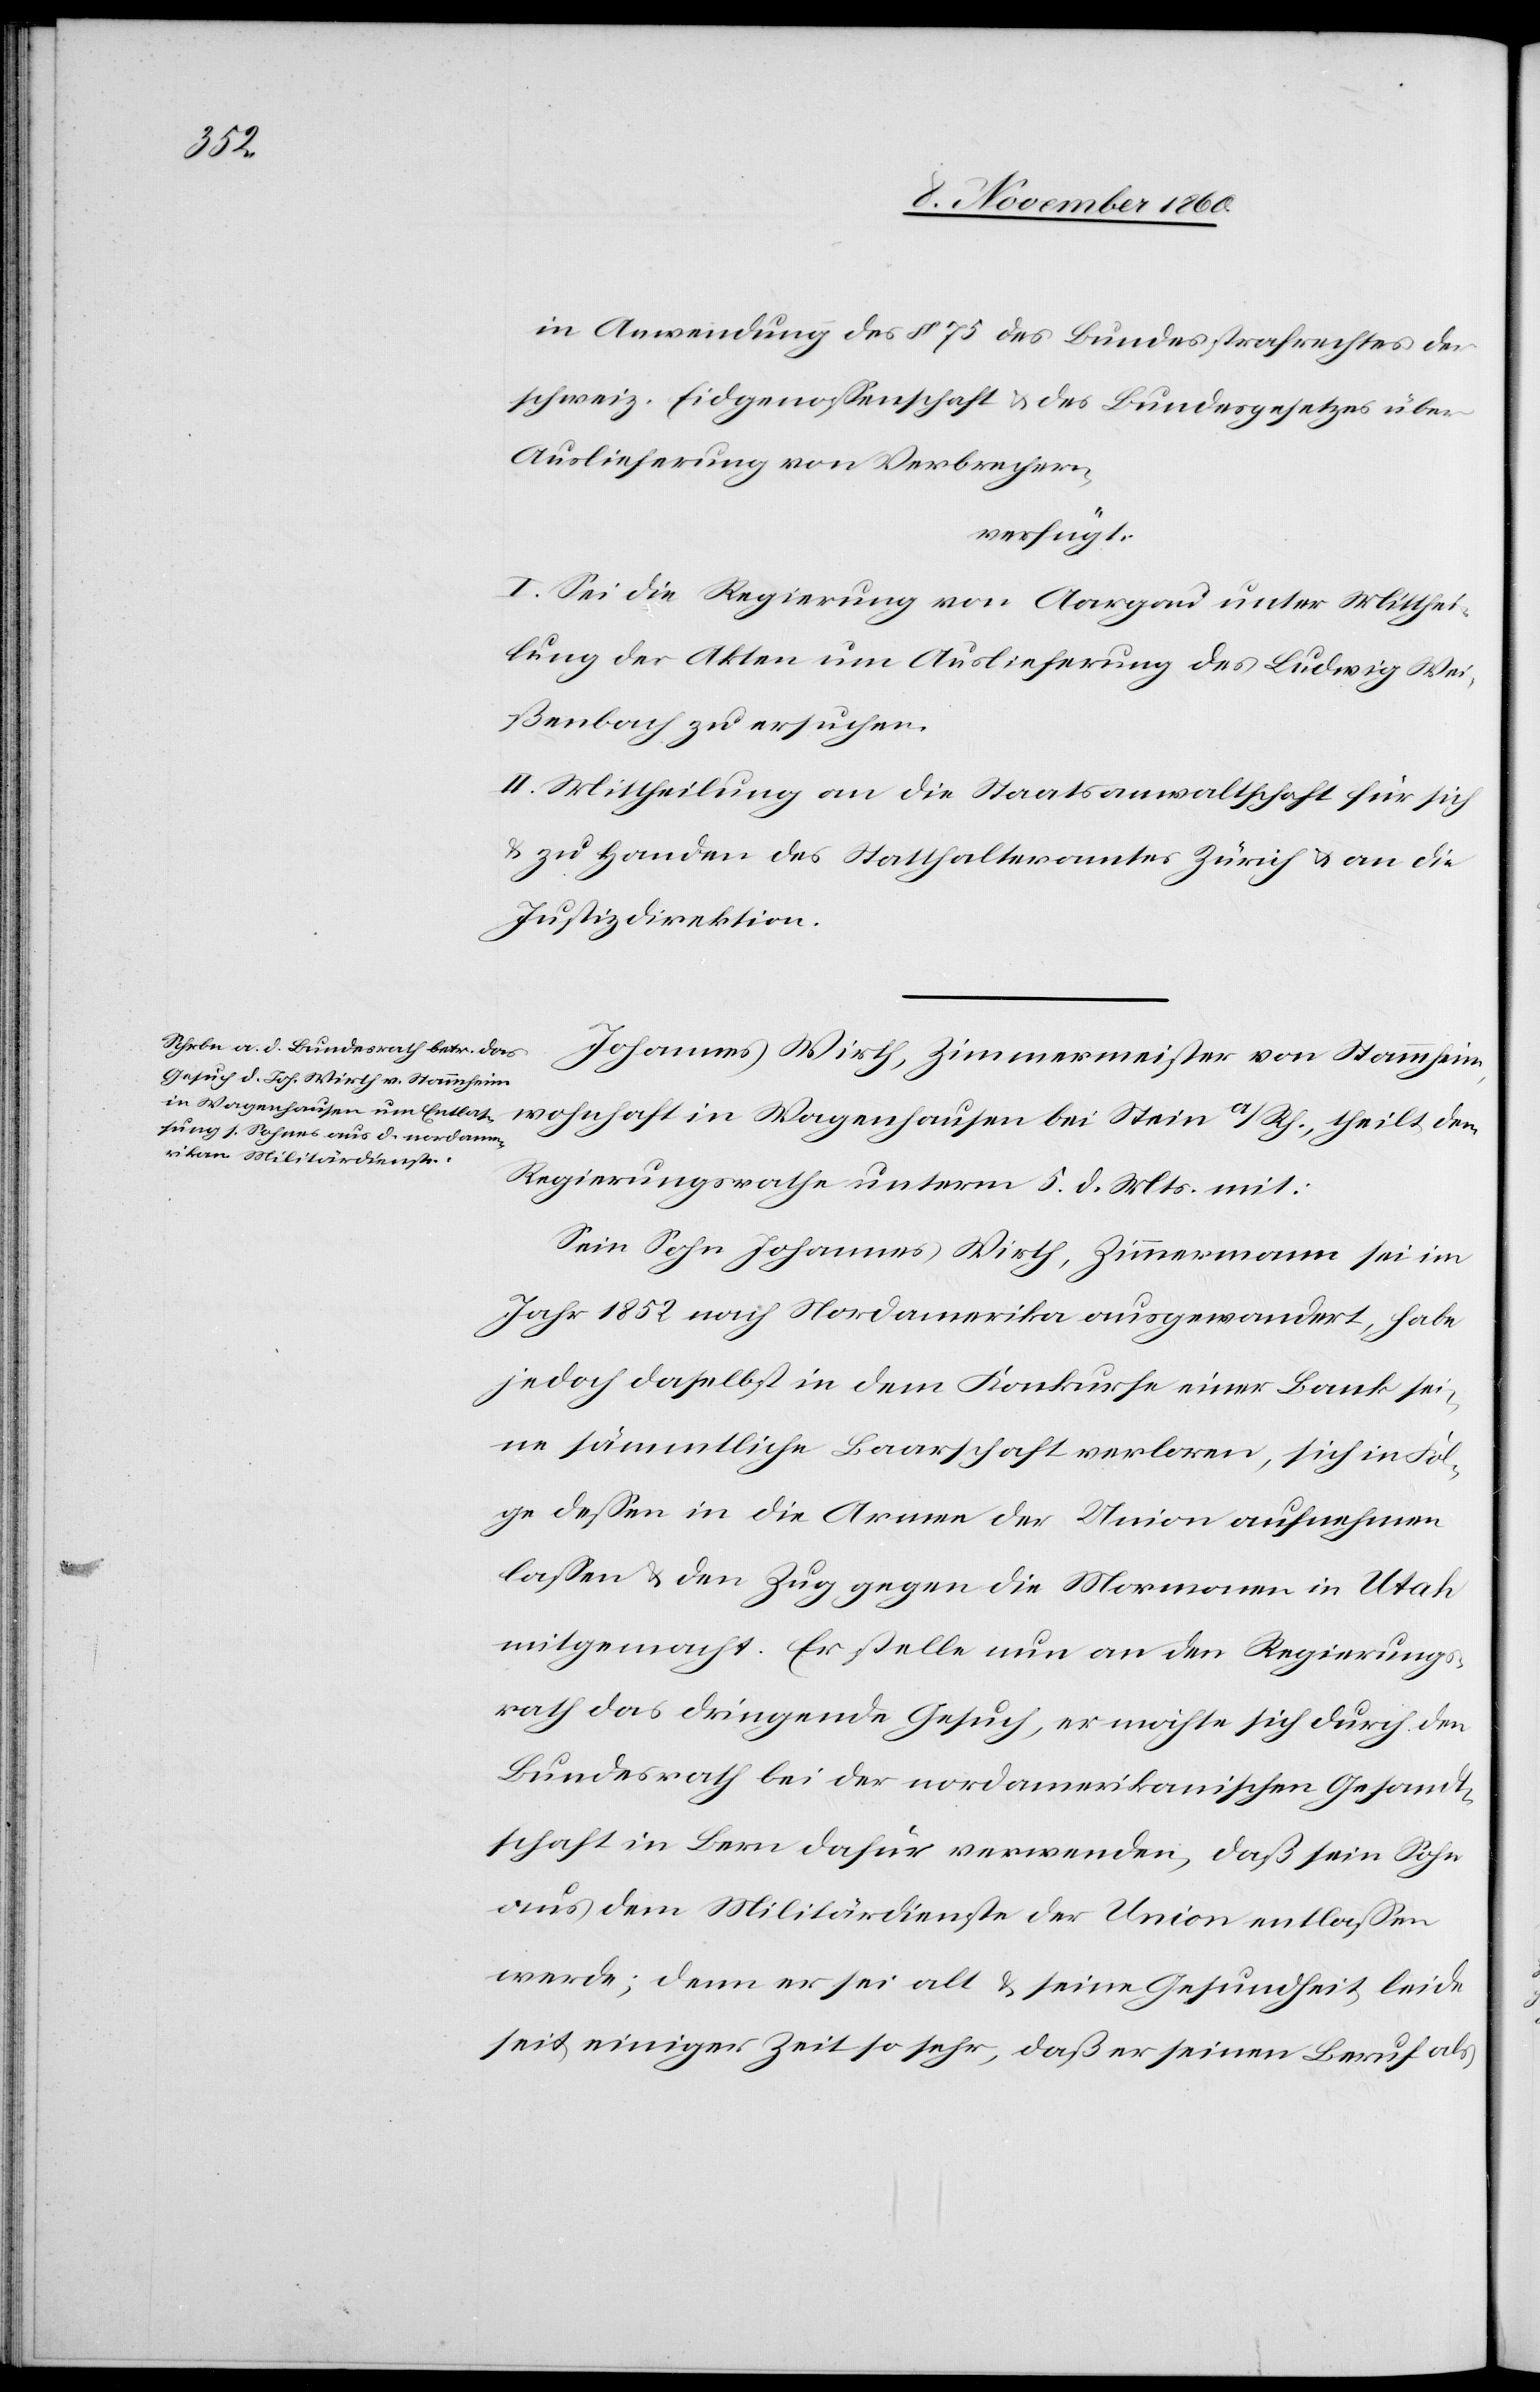
10. November 1860.]
in Anwendung des § 75 des Bundesstrafrechtes der
schweiz Eidgenossenschaft u. des Bundesgesetzes über
Auslieferung von Verbrechern,
verfügt:
I. Sei die Regierung von Aargau unter Mitthei¬
lung der Akten um Auslieferung des Ludwig Wei¬
ßenbach zu ersuchen.
II. Mittheilung an die Staatsanwaltschaft für sich
u. zu Handen des Statthalteramtes Zürich u. an die
Justizdirektion.
Johannes Wirth, Zimmermeister von Stammheim,
wohnhaft in Wagenhausen bei Stein a/Rh., theilt der
Regierungsrath unterm 5. d. Mts. mit:
Sein Sohn Johannes Wirth, Zimmermann sei im
Jahr 1852 nach Nordamerika ausgewandert, habe
jedoch daselbst in dem Konkurse einer Bank sei¬
ne sämmtliche Baarschaft verloren, sich in Fol¬
ge dessen in die Armee der Union aufnehmen
lassen u. den Zug gegen die Mormonen in Utah
mitgemacht. Er stelle nun an den Regierungs¬
rath das dringende Gesuch, er möchte sich durch den
Bundesrath bei der nordamerikanischen Gesandt¬
schaft in Bern dafür verwenden, daß sein Sohn
aus dem Militärdienste der Union entlassen
werde, denn er sei alt u. seine Gesundheit leide
seit einiger Zeit so sehr, daß er seinen Beruf als